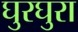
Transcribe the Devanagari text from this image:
घुरघुरा